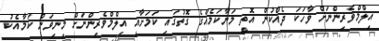
އިލްމްވެރިންނަށް ވާހަކަ ދެއްކުން އޮތީ މަނާކަމެއްގެ ގޮތުގައި ކަމަށާއި އިލްމްވެރިންނަށް މިނިވަން ކަމާއެކު